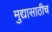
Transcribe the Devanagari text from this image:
मुद्यासाठीच